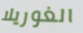
الغوريلا